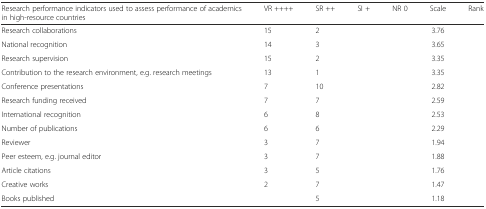
<table><thead><tr><td><b>Research performance indicators used to assess performance of academics in high-resource countries</b></td><td><b>VR ++++</b></td><td><b>SR ++</b></td><td><b>SI +</b></td><td><b>NR 0</b></td><td><b>Scale</b></td><td><b>Rank</b></td></tr></thead><tbody><tr><td>Research collaborations</td><td>15</td><td>2</td><td>[EMPTY_CELL]</td><td>[EMPTY_CELL]</td><td>3.76</td><td>[EMPTY_CELL]</td></tr><tr><td>National recognition</td><td>14</td><td>3</td><td>[EMPTY_CELL]</td><td>[EMPTY_CELL]</td><td>3.65</td><td>[EMPTY_CELL]</td></tr><tr><td>Research supervision</td><td>15</td><td>2</td><td>[EMPTY_CELL]</td><td>[EMPTY_CELL]</td><td>3.35</td><td>[EMPTY_CELL]</td></tr><tr><td>Contribution to the research environment, e.g. research meetings</td><td>13</td><td>1</td><td>[EMPTY_CELL]</td><td>[EMPTY_CELL]</td><td>3.35</td><td>[EMPTY_CELL]</td></tr><tr><td>Conference presentations</td><td>7</td><td>10</td><td>[EMPTY_CELL]</td><td>[EMPTY_CELL]</td><td>2.82</td><td>[EMPTY_CELL]</td></tr><tr><td>Research funding received</td><td>7</td><td>7</td><td>[EMPTY_CELL]</td><td>[EMPTY_CELL]</td><td>2.59</td><td>[EMPTY_CELL]</td></tr><tr><td>International recognition</td><td>6</td><td>8</td><td>[EMPTY_CELL]</td><td>[EMPTY_CELL]</td><td>2.53</td><td>[EMPTY_CELL]</td></tr><tr><td>Number of publications</td><td>6</td><td>6</td><td>[EMPTY_CELL]</td><td>[EMPTY_CELL]</td><td>2.29</td><td>[EMPTY_CELL]</td></tr><tr><td>Reviewer</td><td>3</td><td>7</td><td>[EMPTY_CELL]</td><td>[EMPTY_CELL]</td><td>1.94</td><td>[EMPTY_CELL]</td></tr><tr><td>Peer esteem, e.g. journal editor</td><td>3</td><td>7</td><td>[EMPTY_CELL]</td><td>[EMPTY_CELL]</td><td>1.88</td><td>[EMPTY_CELL]</td></tr><tr><td>Article citations</td><td>3</td><td>5</td><td>[EMPTY_CELL]</td><td>[EMPTY_CELL]</td><td>1.76</td><td>[EMPTY_CELL]</td></tr><tr><td>Creative works</td><td>2</td><td>7</td><td>[EMPTY_CELL]</td><td>[EMPTY_CELL]</td><td>1.47</td><td>[EMPTY_CELL]</td></tr><tr><td>Books published</td><td>[EMPTY_CELL]</td><td>5</td><td>[EMPTY_CELL]</td><td>[EMPTY_CELL]</td><td>1.18</td><td>[EMPTY_CELL]</td></tr></tbody></table>